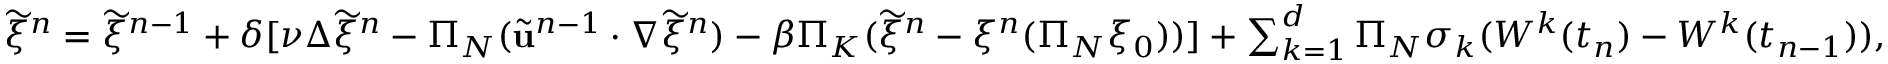
\begin{array} { r } { \widetilde { \xi } ^ { n } = \widetilde { \xi } ^ { n - 1 } + \delta [ \nu \Delta \widetilde { \xi } ^ { n } - \Pi _ { N } ( \widetilde { \mathbf { u } } ^ { n - 1 } \cdot \nabla \widetilde { \xi } ^ { n } ) - \beta \Pi _ { K } ( \widetilde { \xi } ^ { n } - \xi ^ { n } ( \Pi _ { N } \xi _ { 0 } ) ) ] + \sum _ { k = 1 } ^ { d } \Pi _ { N } \sigma _ { k } ( W ^ { k } ( t _ { n } ) - W ^ { k } ( t _ { n - 1 } ) ) , } \end{array}